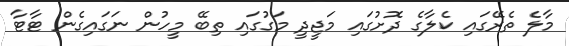
މާލެ ތެރޭގައި ކެލާގެ ދޮށުގައި މަޖީދީ މަގުގައި ތިބޭ މީހުން ނަގައިގެން ޓާޓާ